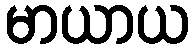
မာယာယ